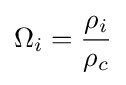
\Omega _{i}={\frac {\rho _{i}}{\rho _{c}}}